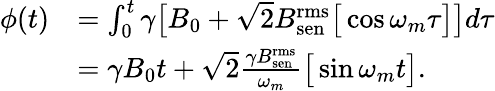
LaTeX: \begin{array}{rl}{\phi(t)}&{=\int_{0}^{t}\gamma\big[B_{0}+\sqrt{2}B_{\mathrm{sen}}^{\mathrm{rms}}\big[\cos\omega_{m}\tau\big]\big]d\tau}\\ &{=\gamma B_{0}t+\sqrt{2}\frac{\gamma B_{\mathrm{sen}}^{\mathrm{rms}}}{\omega_{m}}\big[\sin\omega_{m}t\big].}\end{array}